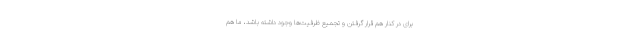
برای در کنار هم قرار گرفتن و تجمیع ظرفیت‌ها وجود داشته باشد، ما هم